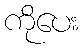
ကိုပေး